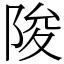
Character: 陖